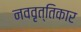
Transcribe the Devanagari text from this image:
नववृत्तिकार